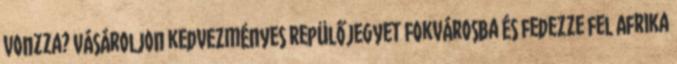
vonzza? Vásároljon kedvezményes repülőjegyet Fokvárosba és fedezze fel Afrika